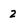
Character: 2